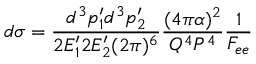
d \sigma = \frac { d ^ { 3 } p _ { 1 } ^ { \prime } d ^ { 3 } p _ { 2 } ^ { \prime } } { 2 E _ { 1 } ^ { \prime } 2 E _ { 2 } ^ { \prime } ( 2 \pi ) ^ { 6 } } \frac { ( 4 \pi \alpha ) ^ { 2 } } { Q ^ { 4 } P ^ { 4 } } \frac { 1 } { F _ { e e } }